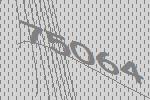
75064